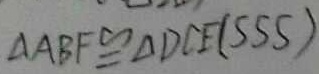
\Delta A B F \cong \Delta D C E ( S S S )